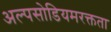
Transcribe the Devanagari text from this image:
अल्पसोडियमरक्तता